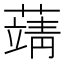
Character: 𦽴